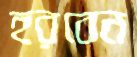
হরবেন